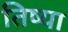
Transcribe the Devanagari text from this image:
तिष्या